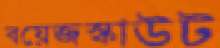
বয়েজস্কাউট